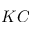
K C